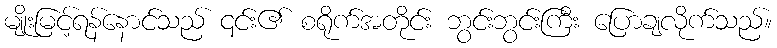
မျိုးမြင့်ရန်နောင်သည် ၎င်း၏ စရိုက်အတိုင်း ဘွင်းဘွင်းကြီး ပြောချလိုက်သည်။